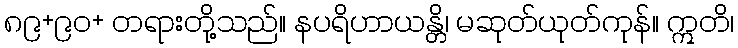
၈၉+၉၀+ တရားတို့သည်။ နပရိဟာယန္တိ၊ မဆုတ်ယုတ်ကုန်။ ဣတိ၊